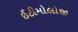
ઈટીમોલોજી